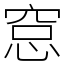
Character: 𥦗